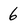
Character: 6